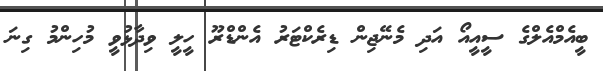
ބީއެމްއެލްގެ ސީއީއޯ އަދި މެނޭޖިން ޑިރެކްޓަރު އެންޑްރޫ ހީލީ ވިދާޅުވީ މުހިންމު ގިނަ